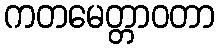
ကတမေတ္တာဝတာ